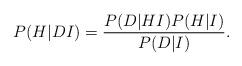
LaTeX: \begin{align*}P(H|DI)=\frac{P(D|HI)P(H|I)}{P(D|I)}. \end{align*}